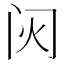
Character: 𬮟